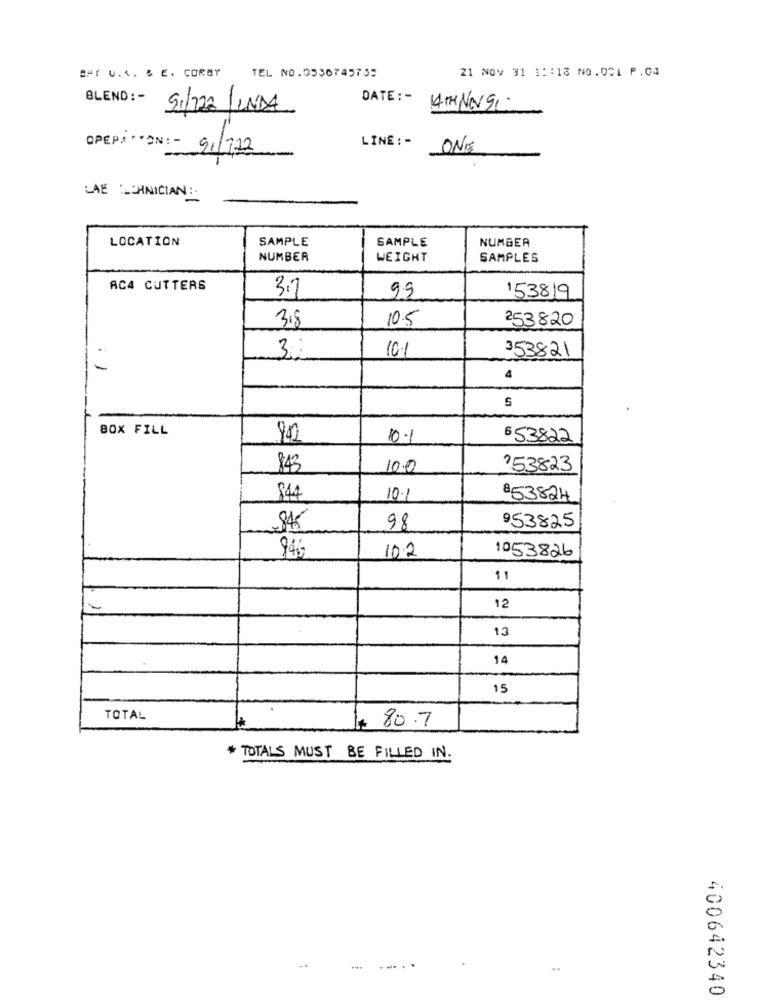
Ber U.4. 6 E. CORBY
TEL NO.0530745755
21 NOV 31 11:13 NO.001 P.C.
BLEND : -
S1/222 /INDA
DATE: - 14THNOSI.
OPEPA .FON :-
LINE : -
91/322
ONE
LAENICIAN:
LOCATION
SAMPLE
SAMPLE
NUMBER
NUMBER
WEIGHT
SAMPLES
AC4 CUTTERS
99
3.7
153819
10.5
253820
3.8
10.1
353821
-
4
S
BOX FILL
10.1
6 53822
843
10.0
?53823
844
10.1
853824
$45
98
953825
94%
1053826
10.2
11
-
12
13
14
15
TOTAL
80.7
* TOTALS MUST BE FILLED IN.
.... .
400642340